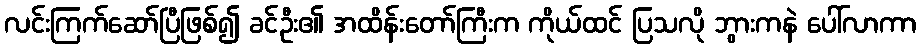
လင်းကြက်ဆော်ပြီဖြစ်၍ ခင်ဦး၏ အထိန်းတော်ကြီးက ကိုယ်ထင် ပြသလို ဘွားကနဲ ပေါ်လာကာ